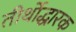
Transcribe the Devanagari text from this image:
तीर्थोद्धारक